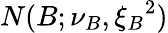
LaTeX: N(B;\nu_{B},{\xi_{B}}^{2})